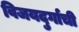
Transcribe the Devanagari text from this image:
विजयदुर्गाची